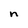
Character: n